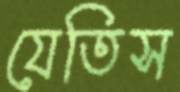
যেতিস